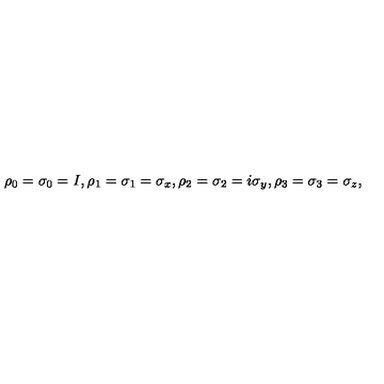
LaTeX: \rho _ { 0 } = \sigma _ { 0 } = I , \rho _ { 1 } = \sigma _ { 1 } = \sigma _ { x } , \rho _ { 2 } = \sigma _ { 2 } = i \sigma _ { y } , \rho _ { 3 } = \sigma _ { 3 } = \sigma _ { z } ,